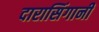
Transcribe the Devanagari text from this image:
दारासिंगानी